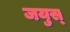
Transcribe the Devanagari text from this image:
जयुस्